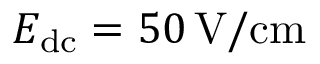
E _ { \mathrm { d c } } = 5 0 \, \mathrm { V / c m }